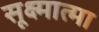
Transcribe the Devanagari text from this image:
सूक्ष्मात्मा